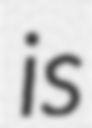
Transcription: is